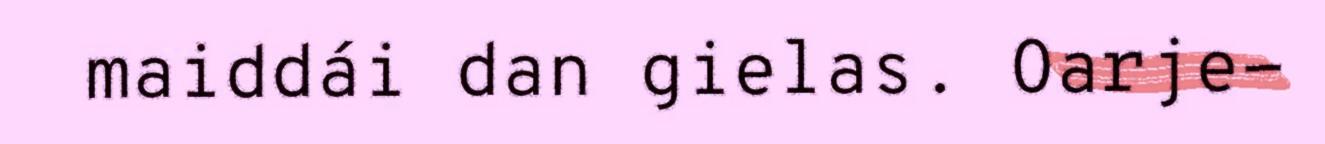
maiddái dan gielas. Oarje-